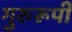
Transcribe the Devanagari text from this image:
गुरुरूपी